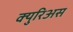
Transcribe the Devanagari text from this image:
क्युरिअस